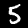
Digit: 5